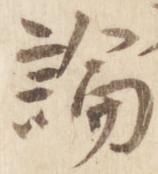
論